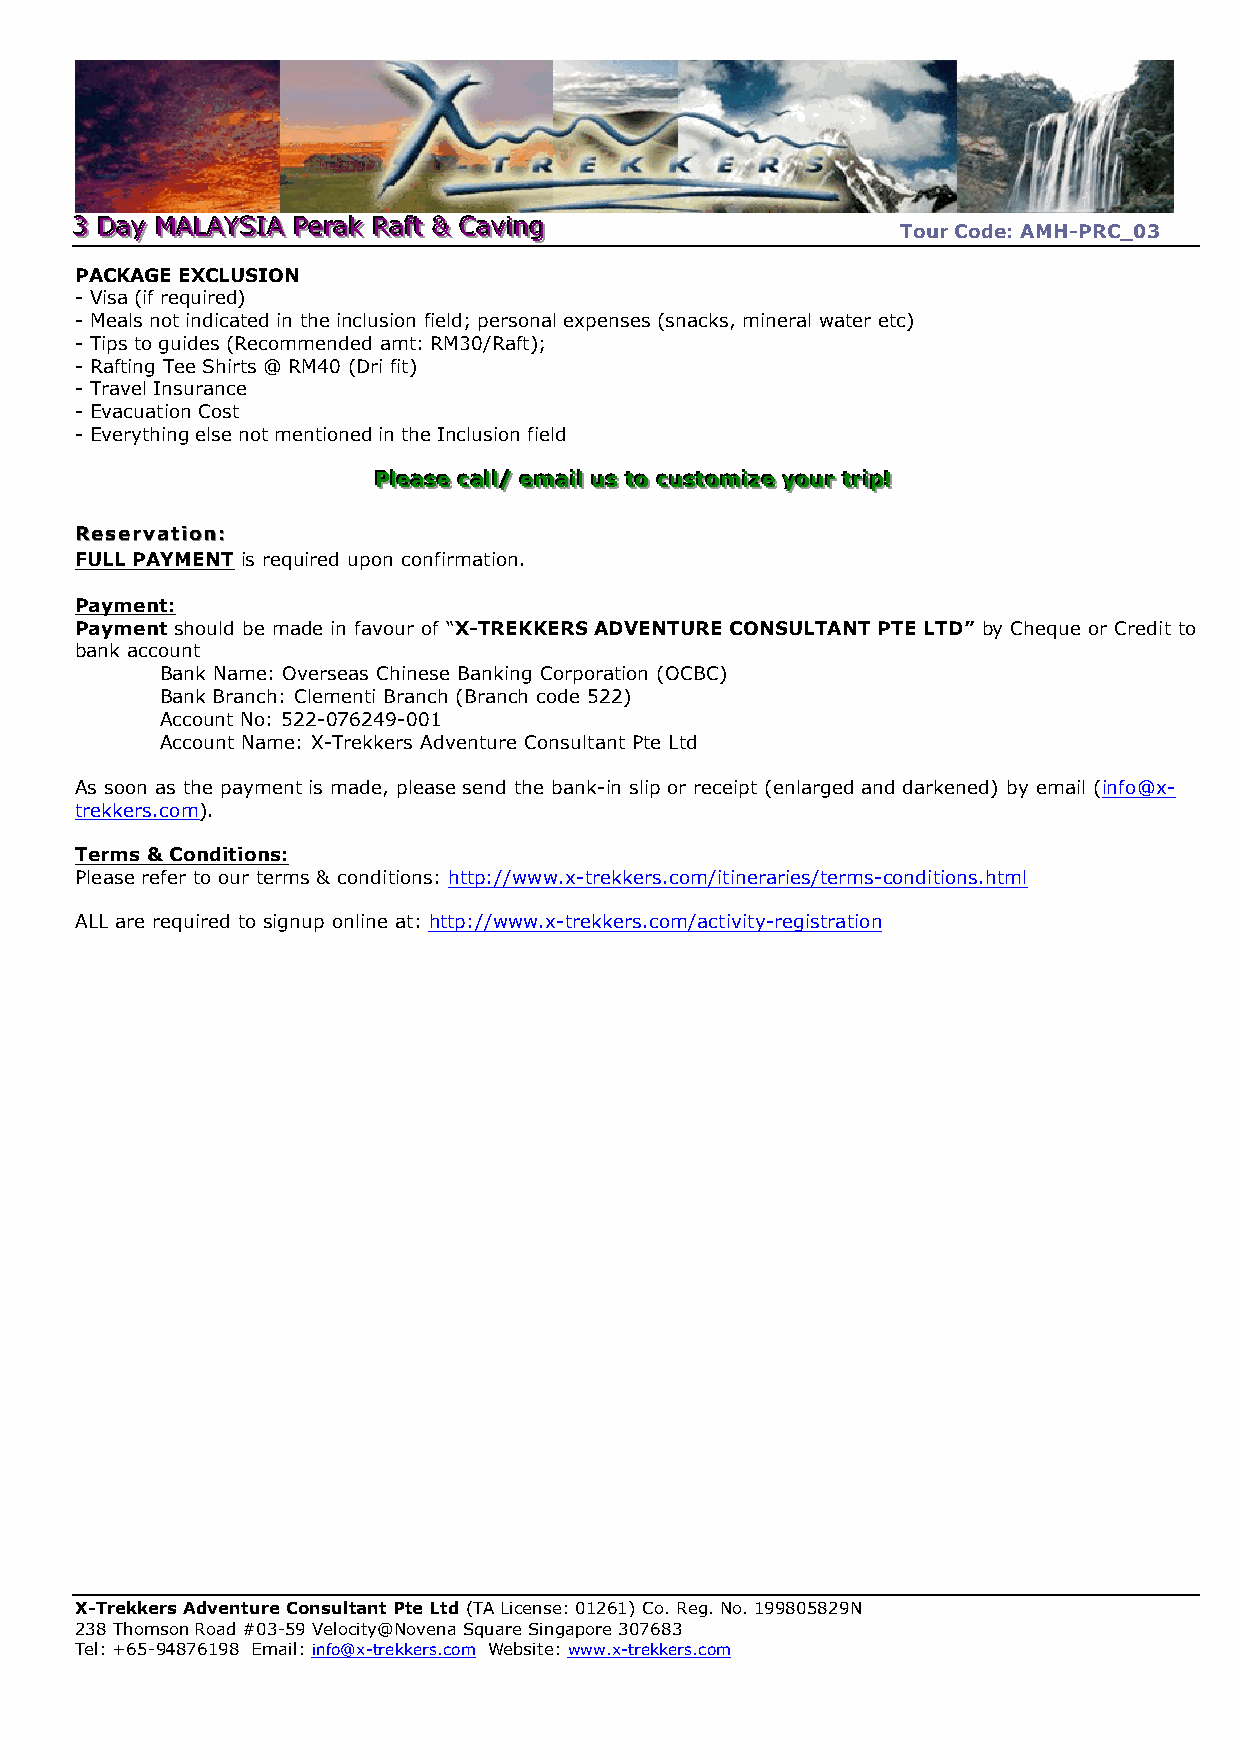
333 DDDaaayyy MMMAAALLLAAAYYYSSSIIIAAA PPPeeerrraaakkk RRRaaafffttt &&& CCCaaavvviiinnnggg
 Tour Code: AMH-PRC_03
 PACKAGE EXCLUSION
 - Visa (if required)
 - Meals not indicated in the inclusion field; personal expenses (snacks, mineral water etc)
 - Tips to guides (Recommended amt: RM30/Raft);
 - Rafting Tee Shirts @ RM40 (Dri fit)
 - Travel Insurance
 - Evacuation Cost
 - Everything else not mentioned in the Inclusion field
 PPPllleeeaaassseee cccaaallllll/// eeemmmaaaiiilll uuusss tttooo cccuuussstttooommmiiizzzeee yyyooouuurrr tttrrriiippp!!!
 RReesseerrvvaattiioonn::
 FULL PAYMENT is required upon confirmation.
 Payment:
 Payment should be made in favour of “X-TREKKERS ADVENTURE CONSULTANT PTE LTD” by Cheque or Credit to
 bank account
 Bank Name: Overseas Chinese Banking Corporation (OCBC)
 Bank Branch: Clementi Branch (Branch code 522)
 Account No: 522-076249-001
 Account Name: X-Trekkers Adventure Consultant Pte Ltd
 As soon as the payment is made, please send the bank-in slip or receipt (enlarged and darkened) by email (info@x-
 trekkers.com).
 Terms & Conditions:
 Please refer to our terms & conditions: http://www.x-trekkers.com/itineraries/terms-conditions.html
 ALL are required to signup online at: http://www.x-trekkers.com/activity-registration
 X-Trekkers Adventure Consultant Pte Ltd (TA License: 01261) Co. Reg. No. 199805829N
 238 Thomson Road #03-59 Velocity@Novena Square Singapore 307683
 Tel: +65-94876198 Email: info@x-trekkers.com Website: www.x-trekkers.com